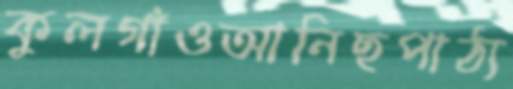
কুলগাঁওআনিছপাঠ্য